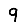
Digit: 9